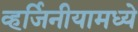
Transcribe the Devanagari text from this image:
व्हर्जिनीयामध्ये